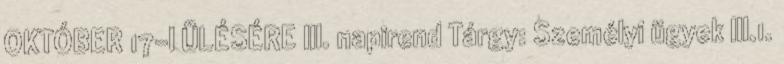
OKTÓBER 17-I ÜLÉSÉRE III. napirend Tárgy: Személyi ügyek III.1.